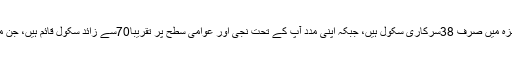
سو فیصد شرح خواندگی کے دعوے دار ضلع ہنزہ میں صرف 38سرکاری سکول ہیں، جبکہ اپنی مدد آپ کے تحت نجی اور عوامی سطح پر تقریباً70سے زائد سکول قائم ہیں، جن میں 15پندرہ ہزار سے زائد طلباء زیر تعلیم ہیں۔